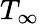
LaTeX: T_{\infty}